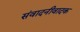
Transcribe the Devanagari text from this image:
संवादनीवादक